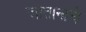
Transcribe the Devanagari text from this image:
जातानाचे